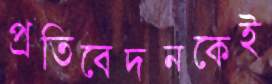
প্রতিবেদনকেই